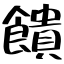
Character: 饋